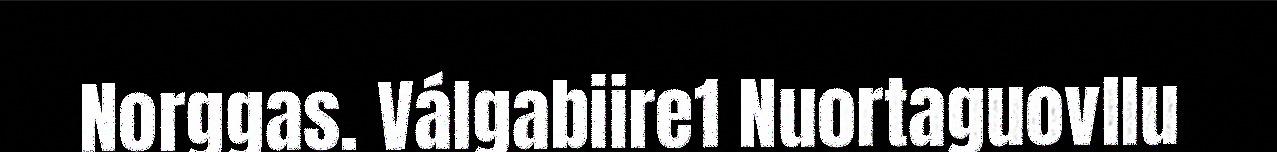
Norggas. Válgabiire1 Nuortaguovllu